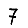
Digit: 7